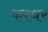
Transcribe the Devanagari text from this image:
करधर